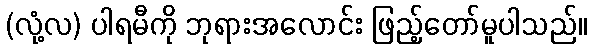
(လုံ့လ) ပါရမီကို ဘုရားအလောင်း ဖြည့်တော်မူပါသည်။